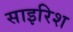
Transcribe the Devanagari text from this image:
साइरिश